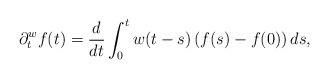
LaTeX: \begin{align*}\partial_t^w f(t)= \frac{d}{dt}\int_0^t w(t-s) \left(f(s)-f(0)\right) ds,\end{align*}